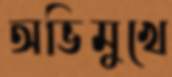
অভিমুখে